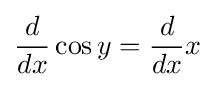
{d \over dx}\cos y={d \over dx}x